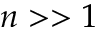
n > > 1